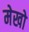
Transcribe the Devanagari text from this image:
मेखो